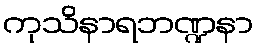
ကုသိနာရဘဏ္ဍနာ